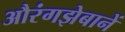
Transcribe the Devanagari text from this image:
औरंगझेबानें